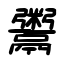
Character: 鬻